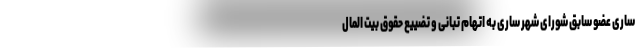
ساری عضو سابق شورای شهر ساری به اتهام تبانی و تضییع حقوق بیت المال